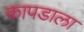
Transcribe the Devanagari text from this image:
कापडाला